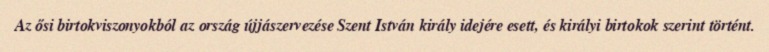
Az ősi birtokviszonyokból az ország újjászervezése Szent István király idejére esett, és királyi birtokok szerint történt.